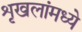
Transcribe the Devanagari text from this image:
शृखलांमध्ये